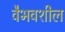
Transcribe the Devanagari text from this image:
वैभवशील